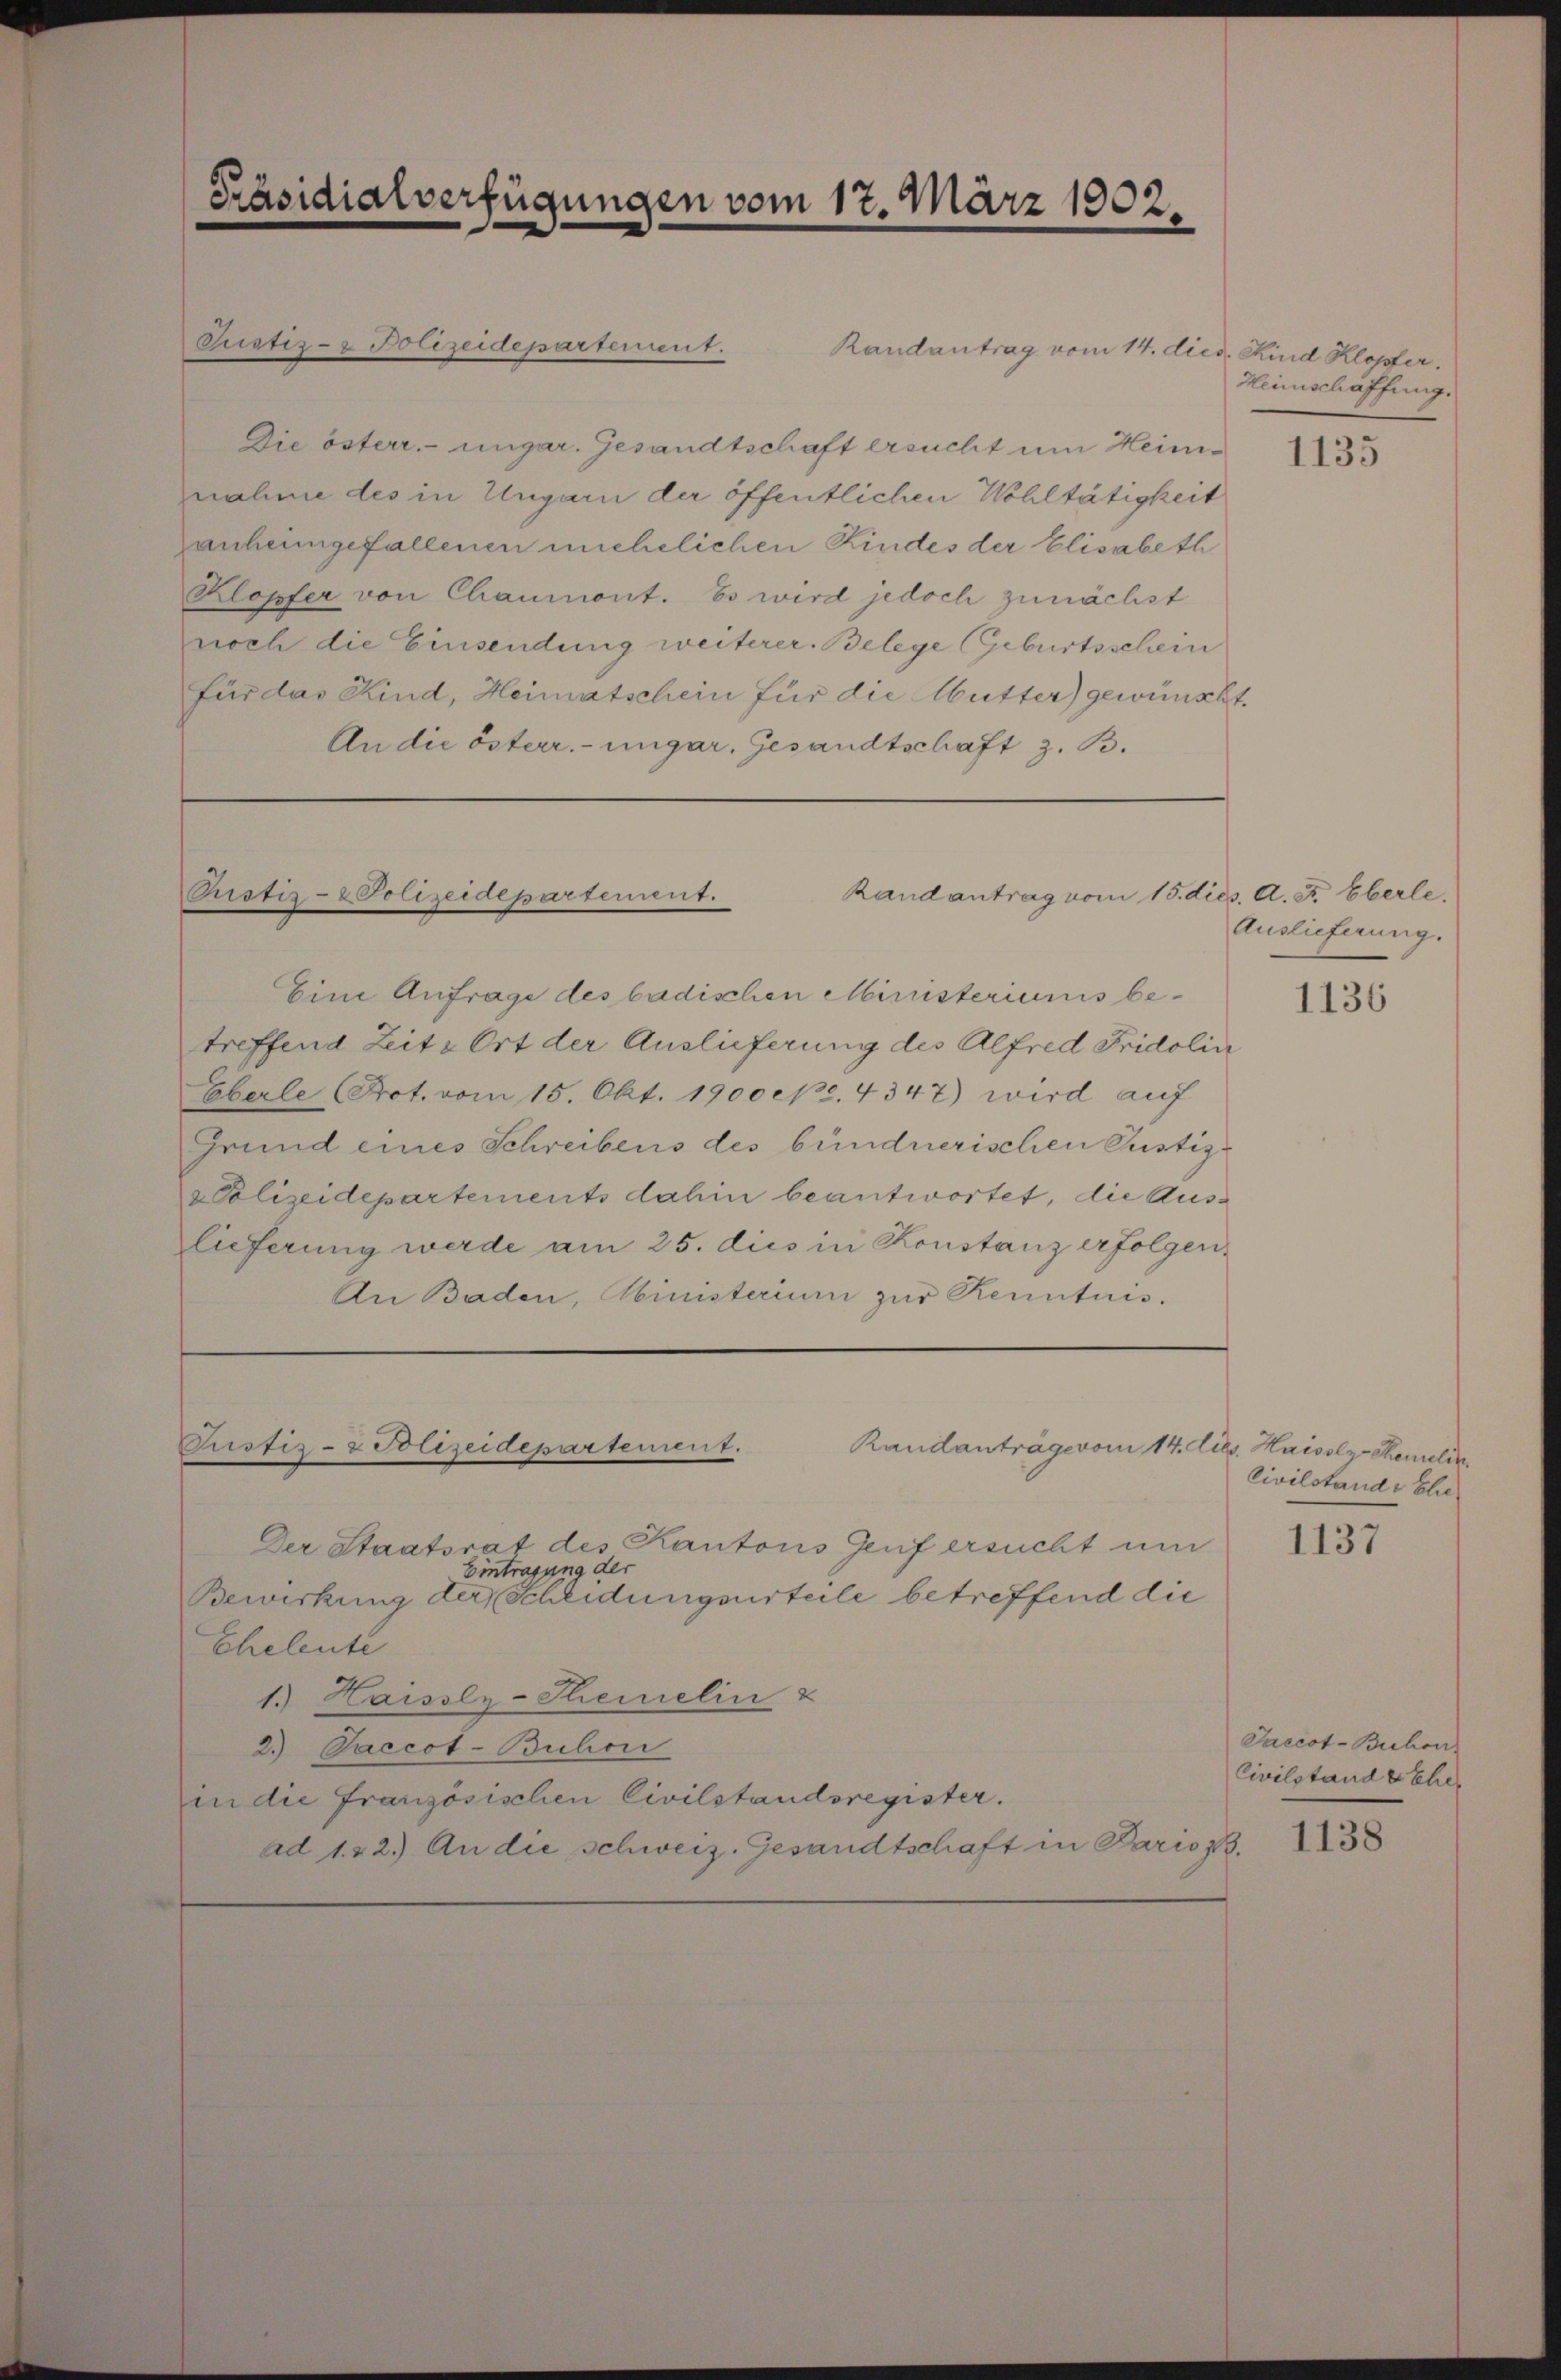
Präsidialverfügungen vom 17. März 1902.

Justiz- & Polizeidepartement.
Die österr. ungar. Gesandtschaft ersucht um Heimnahme des in Ungarn der öffentlichen Wohltätigkeit
zanheimgefallenen nichtlichen Kindes der Elisabeth
Klopfer von Chaumont. Es wird jedoch zunächst
noch die Einsendung weiterer. Belege (Geburtsschein
für das Kind, Heimatschein für die Mutter) gewünscht.
An die österr.-ungar. Gesandtschaft z. B.

Randantrag vom 15. dies. A. F. Eberle.
Pistis-Polizeidepartement.

Rustiz- & Polizeidepartement.
Randanträge vom 14. Lies. Haisolz- Remelde

Randantrag vom 14. died. Kind Klopfer.

Eine Anfrage des badischen Ministeriums be-
treffend Zeite Ort der Auslieferung des Alfred Fridolin
Eberle Prot. vom 15. Okt. 1900 epe. 4347) wird auf
Grund eines Schreibens des bündnerischen Pustiz-
Polizeidepartements dahin beantwortet, die Auslieferung werde am 25. dies in Konstanz erfolgen,
An Baden, Abinisterium zur Kenntnis.

Der Staatsrat des Kantons Genf ersucht um
Eintragung der
Bewirkung der Scheidungsurteile betreffend die
Eheleute
1.) Haisslz-Semelin &
2. Paccot-Buhon
in die französischen Civilstandsregister.
ad 1. 22.) An die schweiz. Gesandtschaft in Paris z.

Heinschaffung.

1135

Auslieferung.

1136

Civilstande Eli¬

1137

Saccot-Buchen.
Civilstand & Eher
1138